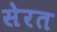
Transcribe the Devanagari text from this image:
सेरत